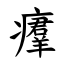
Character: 㿏